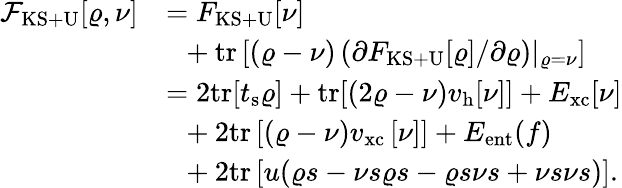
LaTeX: \begin{array}{rl}{{\cal F}_{\mathrm{KS+U}}[\varrho,\nu]}&{=F_{\mathrm{KS+U}}[\nu]}\\ &{~~+\mathrm{tr}\left[(\varrho-\nu)\left(\partial F_{\mathrm{KS+U}}[\varrho]/\partial\varrho\right)\vert_{\varrho={\nu}}\right]}\\ &{=2\mathrm{tr}[t_{\mathrm{s}}\varrho]+\mathrm{tr}[(2\varrho-\nu)v_{\mathrm{h}}[\nu]]+E_{\mathrm{xc}}[\nu]}\\ &{~~+2\mathrm{tr}\left[(\varrho-\nu)v_{\mathrm{xc}}\left[\nu\right]\right]+E_{\mathrm{ent}}(f)}\\ &{~~+2\mathrm{tr}\left[u(\varrho s-\nu s\varrho s-\varrho s\nu s+\nu s\nu s)\right].}\end{array}